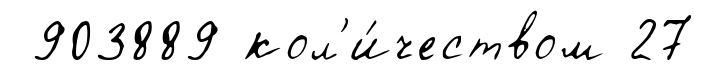
903889 кол'и́чеством 27